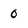
Character: 0